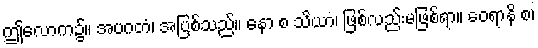
ဤလောက၌။ အပဂတံ၊ အပြစ်သည်။ နော စ သိယာ၊ ဖြစ်လည်းမဖြစ်ရာ။ ဝေရာနိ စ၊